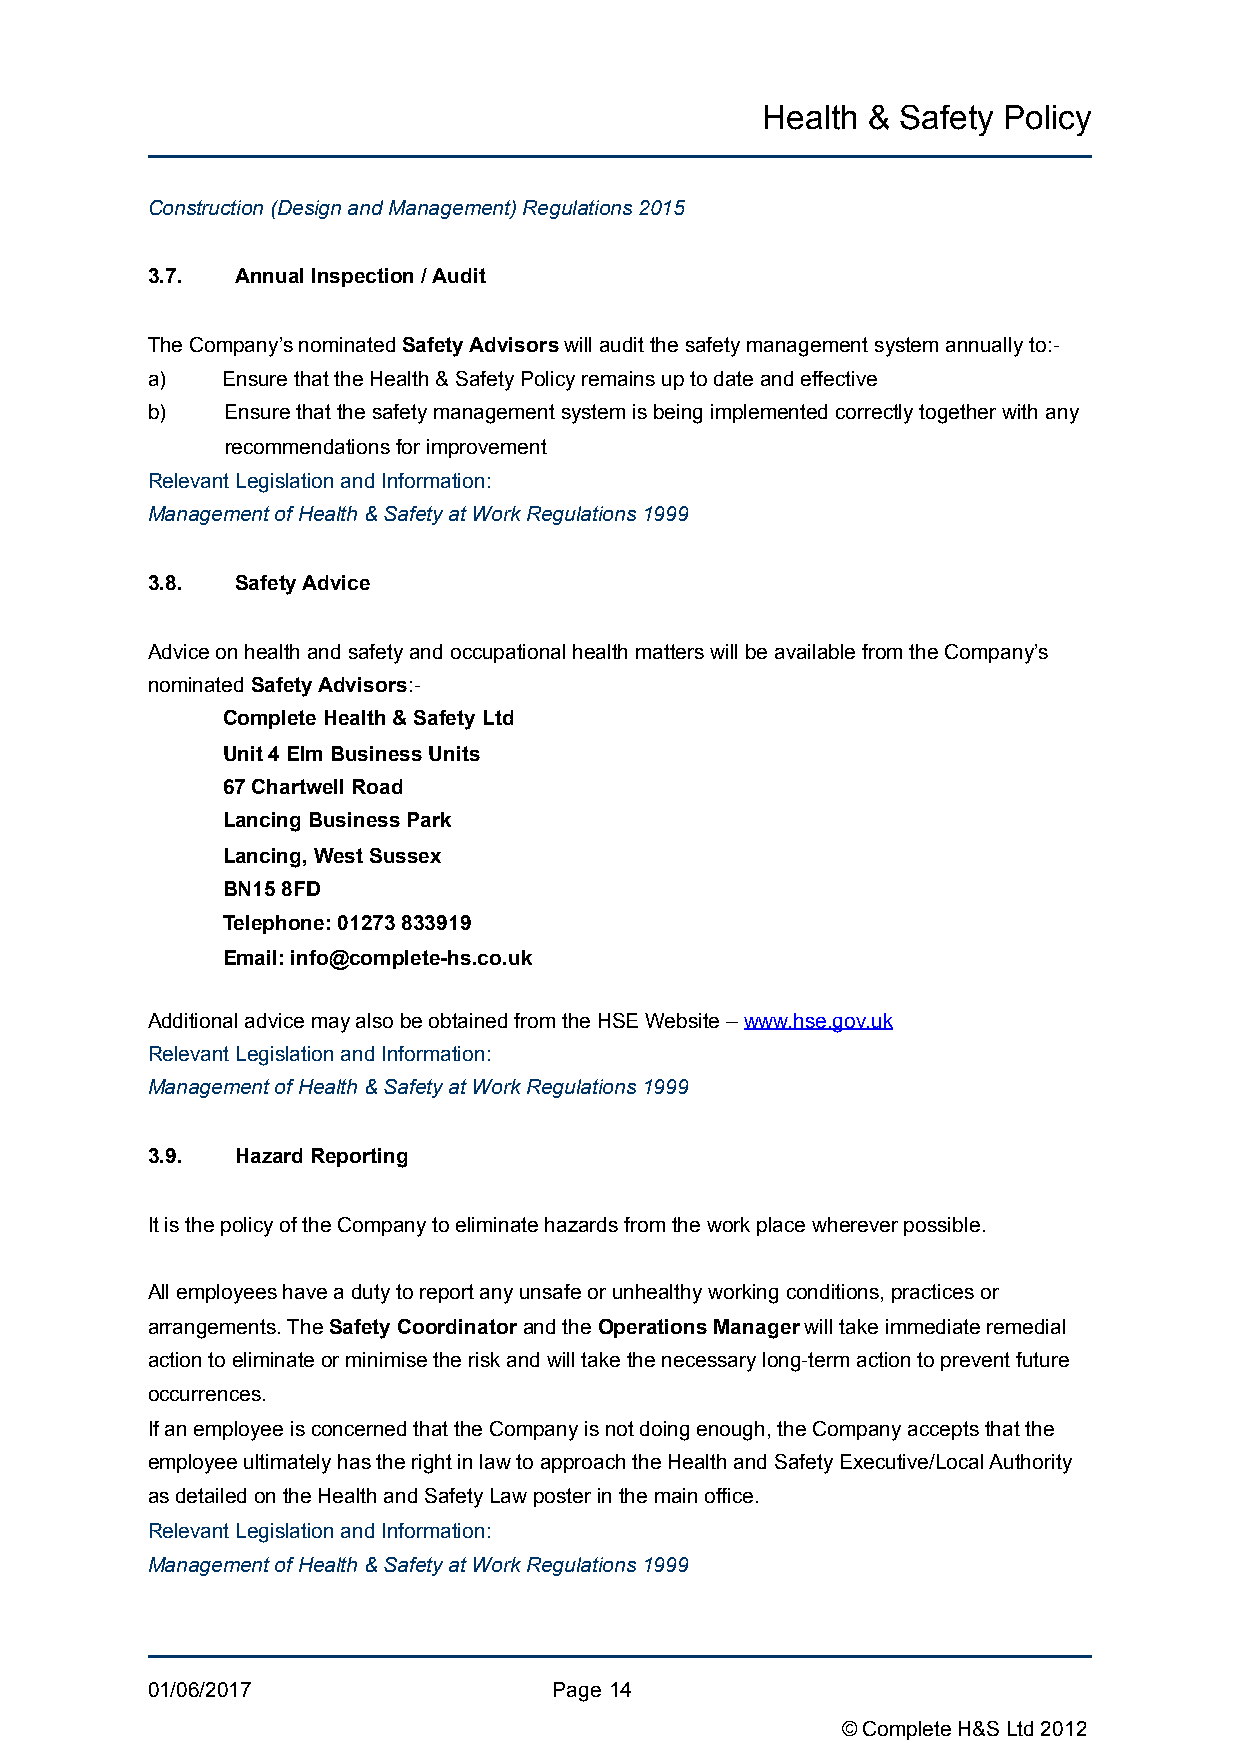
Health &  Safety Policy
 Construction (Design and Management) Regulations 2015
 3.7.  Annual Inspection / Audit
 The Company’s nominated Safety Advisors will audit the safety management system annually to:-
 a)   Ensure that the Health & Safety Policy remains up to date and effective
 b)   Ensure that the safety management system is being implemented correctly together with any
 recommendations for improvement
 Relevant Legislation and Information:
 Management of Health & Safety at Work Regulations 1999
 3.8.  Safety Advice
 Advice on health and safety and occupational health matters will be available from the Company’s
 nominated Safety Advisors:-
 Complete Health & Safety Ltd
 Unit 4 Elm Business Units
 67 Chartwell Road
 Lancing Business Park
 Lancing, West Sussex
 BN15 8FD
 Telephone: 01273 833919
 Email: info@complete-hs.co.uk
 Additional advice may also be obtained from the HSE Website – www.hse.gov.uk
 Relevant Legislation and Information:
 Management of Health & Safety at Work Regulations 1999
 3.9.  Hazard Reporting
 It is the policy of the Company to eliminate hazards from the work place wherever possible.
 All employees have a duty to report any unsafe or unhealthy working conditions, practices or
 arrangements. The Safety Coordinator and the Operations Manager will take immediate remedial
 action to eliminate or minimise the risk and will take the necessary long-term action to prevent future
 occurrences.
 If an employee is concerned that the Company is not doing enough, the Company accepts that the
 employee ultimately has the right in law to approach the Health and Safety Executive/Local Authority
 as detailed on the Health and Safety Law poster in the main office.
 Relevant Legislation and Information:
 Management of Health & Safety at Work Regulations 1999
 01/06/2017                 Page !14
 © Complete H&S Ltd 2012